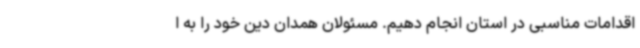
اقدامات مناسبی در استان انجام دهیم. مسئولان همدان دین خود را به ا